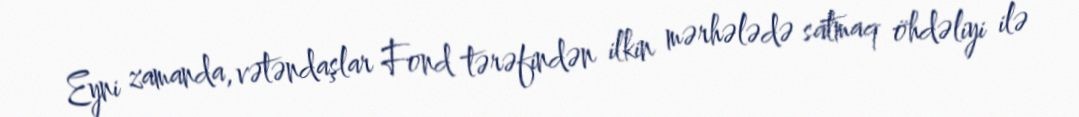
Eyni zamanda, vətəndaşlar Fond tərəfindən ilkin mərhələdə satmaq öhdəliyi ilə